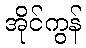
အိုင်ကွန်